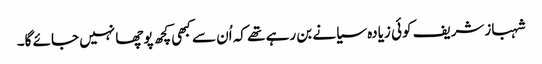
شہبازشریف کوئی زیادہ سیانے بن رہے تھے کہ اُن سے کبھی کچھ پوچھا نہیں جائے گا۔